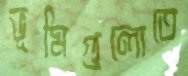
ভূমিগুলোতে